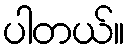
ပါတယ်။